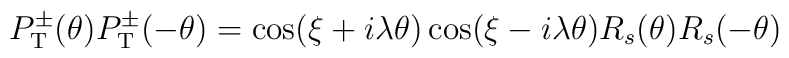
P_{\rm T}^{\pm}(\theta)P_{\rm T}^{\pm}(-\theta) = \cos(\xi + i\lambda \theta)\cos(\xi - i\lambda \theta) R_s(\theta)R_s(-\theta)